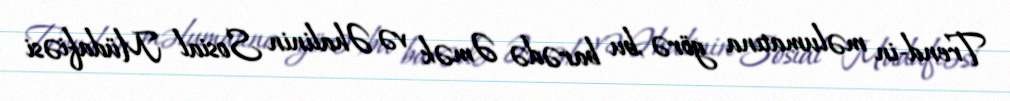
Trend-in məlumatına görə ,bu barədə Əmək və Əhalinin Sosial Müdafiəsi